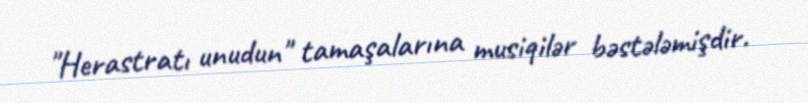
"Herastratı unudun" tamaşalarına musiqilər bəstələmişdir.